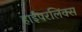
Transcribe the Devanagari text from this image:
हाईपरलिंक्स